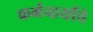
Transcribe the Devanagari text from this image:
कर्मचार्यांचे